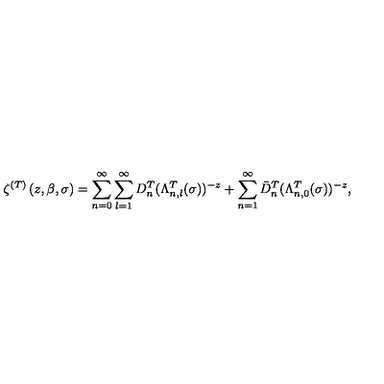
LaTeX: \zeta ^ { ( T ) } \left( z , \beta , \sigma \right) = \sum _ { n = 0 } ^ { \infty } \sum _ { l = 1 } ^ { \infty } D _ { n } ^ { T } ( \Lambda _ { n , l } ^ { T } ( \sigma ) ) ^ { - z } + \sum _ { n = 1 } ^ { \infty } \bar { D } _ { n } ^ { T } ( \Lambda _ { n , 0 } ^ { T } ( \sigma ) ) ^ { - z } ,